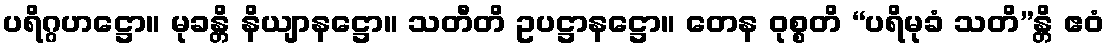
ပရိဂ္ဂဟဋ္ဌော။ မုခန္တိ နိယျာနဋ္ဌော။ သတီတိ ဥပဋ္ဌာနဋ္ဌော။ တေန ဝုစ္စတိ “ပရိမုခံ သတိ”န္တိ ဧဝံ